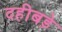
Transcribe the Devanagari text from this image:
दहीबड़े